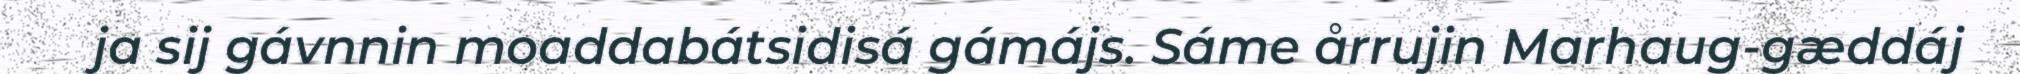
ja sij gávnnin moaddabátsidisá gámájs. Sáme årrujin Marhaug-gæddáj